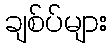
ချစ်ပ်များ